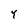
Character: Y